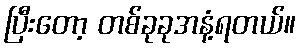
ပြီးတော့ တစ်ခုခုအနံ့ရတယ်။